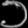
Digit: ၁